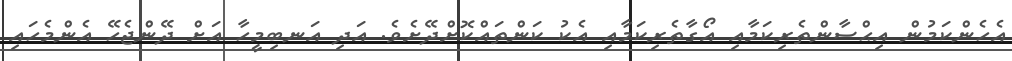
އެހެންކަމުން އިޙްސާންތެރިކަމާއި އޯގާތެރިކަމާއި އެކު ކަންތައްކޮށްދޭށެވެ. އަދި އަނބިމީހާ އަށް ދޭންޖެހޭ އެންމެހައި